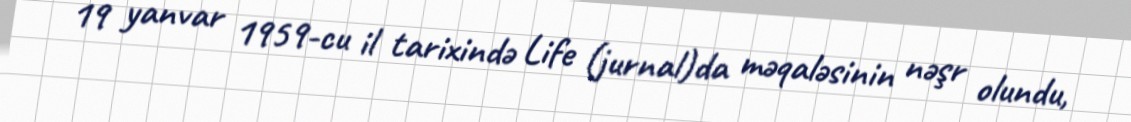
19 yanvar 1959-cu il tarixində Life (jurnal)da məqaləsinin nəşr olundu,